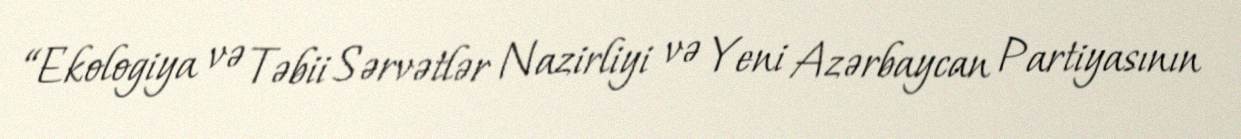
“Ekologiya və Təbii Sərvətlər Nazirliyi və Yeni Azərbaycan Partiyasının